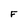
Character: F